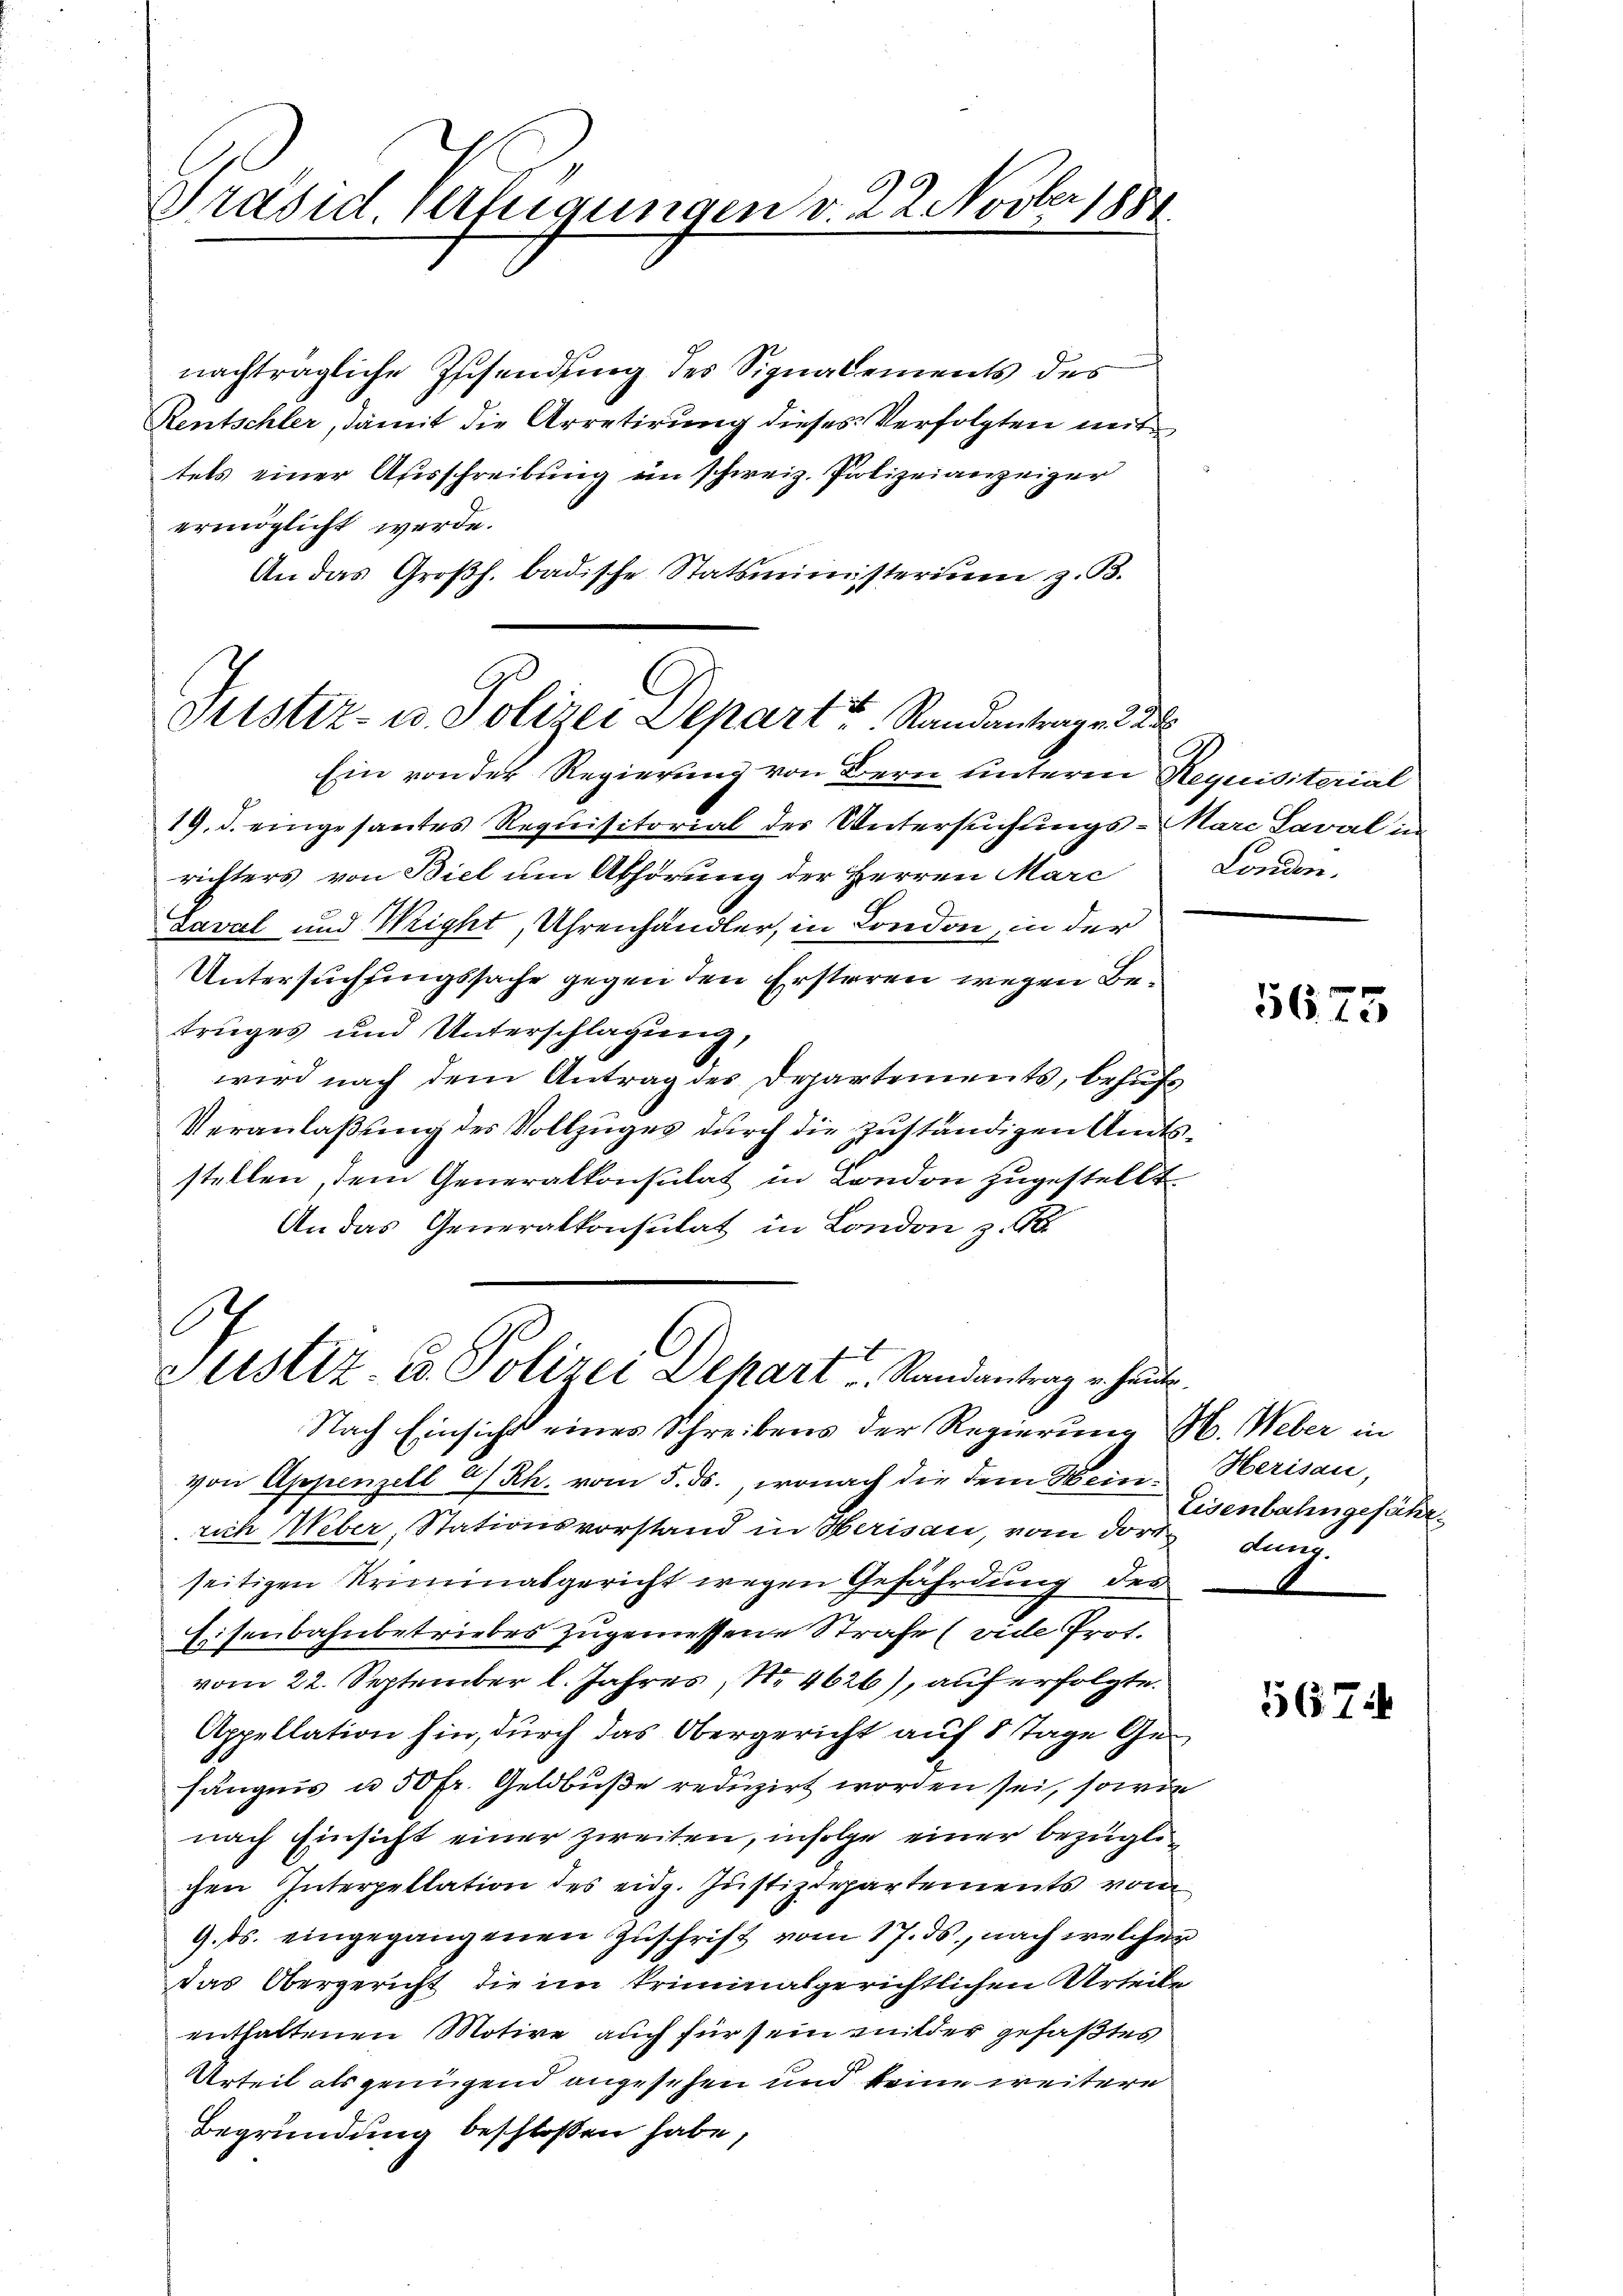
ben
Präsid. Verfügungen v. 22. Nover 1888.

nachträgliche Zusendung des Signalements des
Rentschler, damit die Arretirung dieses Verfolgten mit
tels einer Ausschreibung ein schweiz. Polizeianzeiger
ermöglicht werde.
An das Großh. badische Statsministerium z. B.

Justiz- u. Polizei Depart u. Standantrage

Ein von der Regierung von Bern unteren Requisiterial
19. d. eingesantes Requisitorial der Untersuchungs-Marc Laval in
richters von Biel um Abhörung der Herren Marc
daval und Wright, Uhrenhändler, in London, in der
Untersuchungssache gegen den Ersteren wegen Betruges und Unterschlagung,
wird nach dem Antrag des Departements, behufs
Veranlaßung des Vollzuges durch die zuständigen Amtsstellen, dem Generalkonsulat in London zugestellt
An das Generalkonsulat in London z. B.
Nach Einsicht eines Schreibens der Regierung M. Weber in
von Appenzell a/Rh. vom 5. ds., wonach die dem Weinrich Weber, Stationsvorstand in Herisau, vom dort Lung
seitigen Kriminalgericht wegen Gefährdung des
Eisenbahnbetriebes zugemessene Strafe (vide Prot.
vom 22. September l. Jahres, No 4626), auf erfolgte.
Appellation hin, durch das Obergericht auf 8 Tage Gefängnis u 50 Fr. Geldbuße reduzirt worden sei, sowie
nach Einsicht einer zweiten, infolge einer bezüglichen Interpellation des eidg. Justizdepartements von
9. ds. eingegangenen Zuschrift vom 17. ds., nach welchen
das Obergericht die im kriminalgerichtlichen Urteile
enthaltenen Motive auch für sein milder gefaßtes
Urteil als genügend angesehen und keine weitere
Begründung beschlossen habe,

l
Justiz- u. Polizei Dehart u. Randantrag u. heute.

London.

5675

Herisau,
Eisenbahngefähr

567